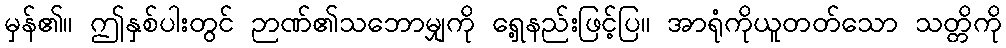
မှန်၏။ ဤနှစ်ပါးတွင် ဉာဏ်၏သဘောမျှကို ရှေ့နည်းဖြင့်ပြ။ အာရုံကိုယူတတ်သော သတ္တိကို